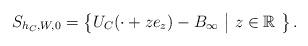
LaTeX: \begin{align*}S_{h_C,W,0}=\left\{ U_{C}(\cdot +ze_z)-B_{\infty}\ \big|\ z\in \mathbb{R}\ \right\}. \end{align*}